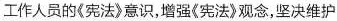
工作人员的《宪法》意识，增强《宪法》观念，坚决维护